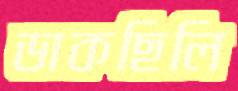
ডাকছিলি